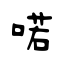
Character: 喏